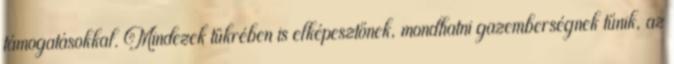
támogatásokkal. Mindezek tükrében is elképesztőnek, mondhatni gazemberségnek tűnik, az